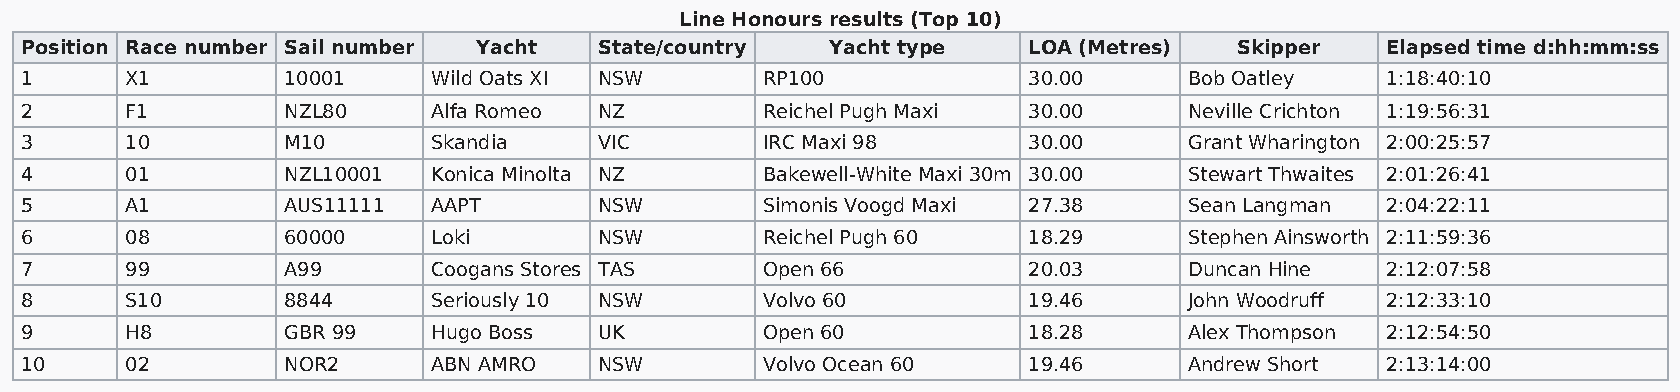
Line Honours results (Top 10)
 Position Race number Sail number Yacht State/country  Yacht type   LOA (Metres)  Skipper   Elapsed time d:hh:mm:ss
 1      X1         10001     Wild Oats XI NSW     RP100             30.00      Bob Oatley   1:18:40:10
 2      F1         NZL80     Alfa Romeo NZ        Reichel Pugh Maxi 30.00      Neville Crichton 1:19:56:31
 3      10         M10       Skandia    VIC       IRC Maxi 98       30.00      Grant Wharington 2:00:25:57
 4      01         NZL10001  Konica Minolta NZ    Bakewell-White Maxi 30m 30.00 Stewart Thwaites 2:01:26:41
 5      A1         AUS11111  AAPT       NSW       Simonis Voogd Maxi 27.38     Sean Langman 2:04:22:11
 6      08         60000     Loki       NSW       Reichel Pugh 60   18.29      Stephen Ainsworth 2:11:59:36
 7      99         A99       Coogans Stores TAS   Open 66           20.03      Duncan Hine  2:12:07:58
 8      S10        8844      Seriously 10 NSW     Volvo 60          19.46      John Woodruff 2:12:33:10
 9      H8         GBR 99    Hugo Boss  UK        Open 60           18.28      Alex Thompson 2:12:54:50
 10     02         NOR2      ABN AMRO   NSW       Volvo Ocean 60    19.46      Andrew Short 2:13:14:00